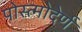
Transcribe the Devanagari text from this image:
पोस्त्मोदेर्ण